Lunatic asylums Central Provinces reports 1874-1885 - 1874-1885
Year: 1874
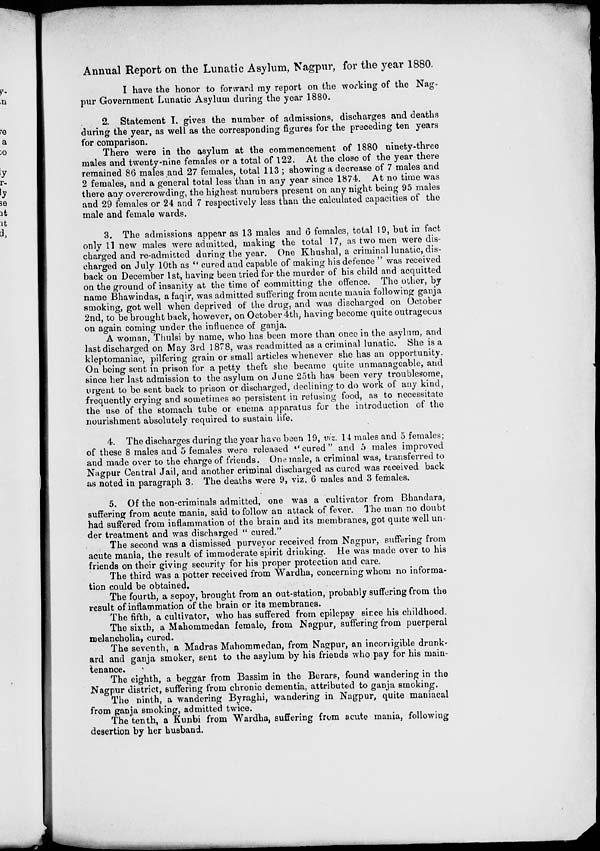
Annual Report on the Lunatic Asylum, Nagpur, for the year 1880.
I have the honor to forward my report on the working of the Nag-
pur Government Lunatic Asylum during the year 1880.
2. Statement I. gives the number of admissions, discharges and deaths
during the year, as well as the corresponding figures for the preceding ten years
for comparison.
There were in the asylum at the commencement of 1880 ninety-three
males and twenty-nine females or a total of 122. At the close of the year there
remained 86 males and 27 females, total 113 ; showing a decrease of 7 males and
2 females, and a general total less than in any year since 1874. At no time was
there any overcrowding, the highest numbers present on any night being 95 males
and 29 females or 24 and 7 respectively less than the calculated capacities of the
male and female wards.
3. The admissions appear as 13 males and 6 females, total 19, but in fact
only 11 new males were admitted, making the total 17, as two men were dis-
charged and re-admitted during the year. One Khushal, a criminal lunatic, dis-
charged on July 10th as " cured and capable of making his defence " was received
back on December 1st, having been tried for the murder of his child and acquitted
on the ground of insanity at the time of committing the offence. The other, by
name Bhawindas, a faqir, was admitted suffering from acute mania following ganja
smoking, got well when deprived of the drug, and was discharged on October
2nd, to be brought back, however, on October 4th, having become quite outrageous
on again coming under the influence of ganja.
A woman, Thulsi by name, who has been more than once in the asylum, and
last discharged on May 3rd 1878, was readmitted as a criminal lunatic. She is a
kleptomaniac, pilfering grain or small articles whenever she has an opportunity.
On being sent in prison for a petty theft she became quite unmanageable, and
since her last admission to the asylum on June 25th has been very troublesome,
urgent to be sent back to prison or discharged, declining to do work of any kind,
frequently crying and sometimes so persistent in refusing food, as to necessitate
the use of the stomach tube or enema apparatus for the introduction of the
nourishment absolutely required to sustain life.
4. The discharges during the year have been 19, viz. 14 males and 5 females;
of these 8 males and 5 females were released " cured " and 5 males improved
and made over to the charge of friends. One male, a criminal was, transferred to
Nagpur Central Jail, and another criminal discharged as cured was received back
as noted in paragraph 3. The deaths were 9, viz. 6 males and 3 females.
5. Of the non-criminals admitted, one was a cultivator from Bhandara,
suffering from acute mania, said to follow an attack of fever. The man no doubt
had suffered from inflammation of the brain and its membranes, got quite well un-
der treatment and was discharged " cured."
The second was a dismissed purvey or received from Nagpur, suffering from
acute mania, the result of immoderate spirit drinking. He was made over to his
friends on their giving security for his proper protection and care.
The third was a potter received from Wardha, concerning whom no informa-
tion could be obtained.
The fourth, a sepoy, brought from an out-station, probably suffering from the
result of inflammation of the brain or its membranes.
The fifth, a cultivator, who has suffered from epilepsy since his childhood.
The sixth, a Mahommedan female, from Nagpur, suffering from puerperal
melancholia, cured.
The seventh, a Madras Mahommedan, from Nagpur, an incorrigible drunk-
ard and ganja smoker, sent to the asylum by his friends who pay for his main-
tenance.
The eighth, a beggar from Bassim in the Berars, found wandering in the
Nagpur district, suffering from chronic dementia, attributed to ganja smoking.
The ninth, a wandering Byraghi, wandering in Nagpur, quite maniacal
from ganja smoking, admitted twice.
The tenth, a Kunbi from Wardha, suffering from acute mania, following
desertion by her husband.